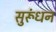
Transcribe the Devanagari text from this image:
सुरूंधन